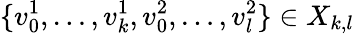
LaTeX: \{ v_{0}^{1},\ldots,v_{k}^{1},v_{0}^{2},\ldots,v_{l}^{2}\} \in X_{k,l}